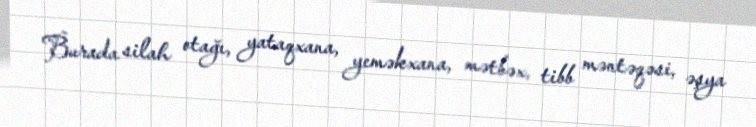
Burada silah otağı, yataqxana, yeməkxana, mətbəx, tibb məntəqəsi, əşya